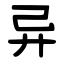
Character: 异